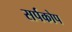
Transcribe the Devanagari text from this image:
सर्पकोप